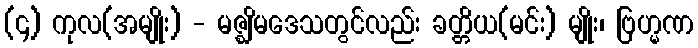
(၄) ကုလ(အမျိုး) - မဇ္ဈိမဒေသတွင်လည်း ခတ္တိယ(မင်း) မျိုး၊ ဗြဟ္မဏ